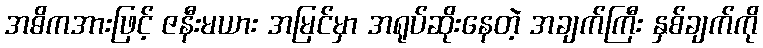
အဓိကအားဖြင့် ဇနီးမယား အမြင်မှာ အရုပ်ဆိုးနေတဲ့ အချက်ကြီး နှစ်ချက်ကို